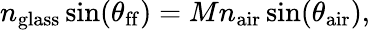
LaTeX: n_{\mathrm{glass}}\sin(\theta_{\mathrm{ff}})=Mn_{\mathrm{air}}\sin(\theta_{\mathrm{air}}),